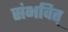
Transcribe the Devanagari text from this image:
संभवित्